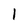
Character: 1